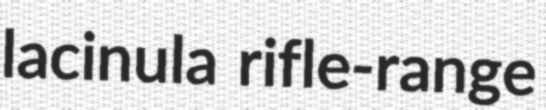
lacinula rifle-range